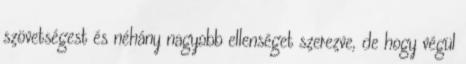
szövetségest és néhány nagyobb ellenséget szerezve, de hogy végül